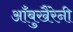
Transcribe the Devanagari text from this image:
आँबुखैरेनी